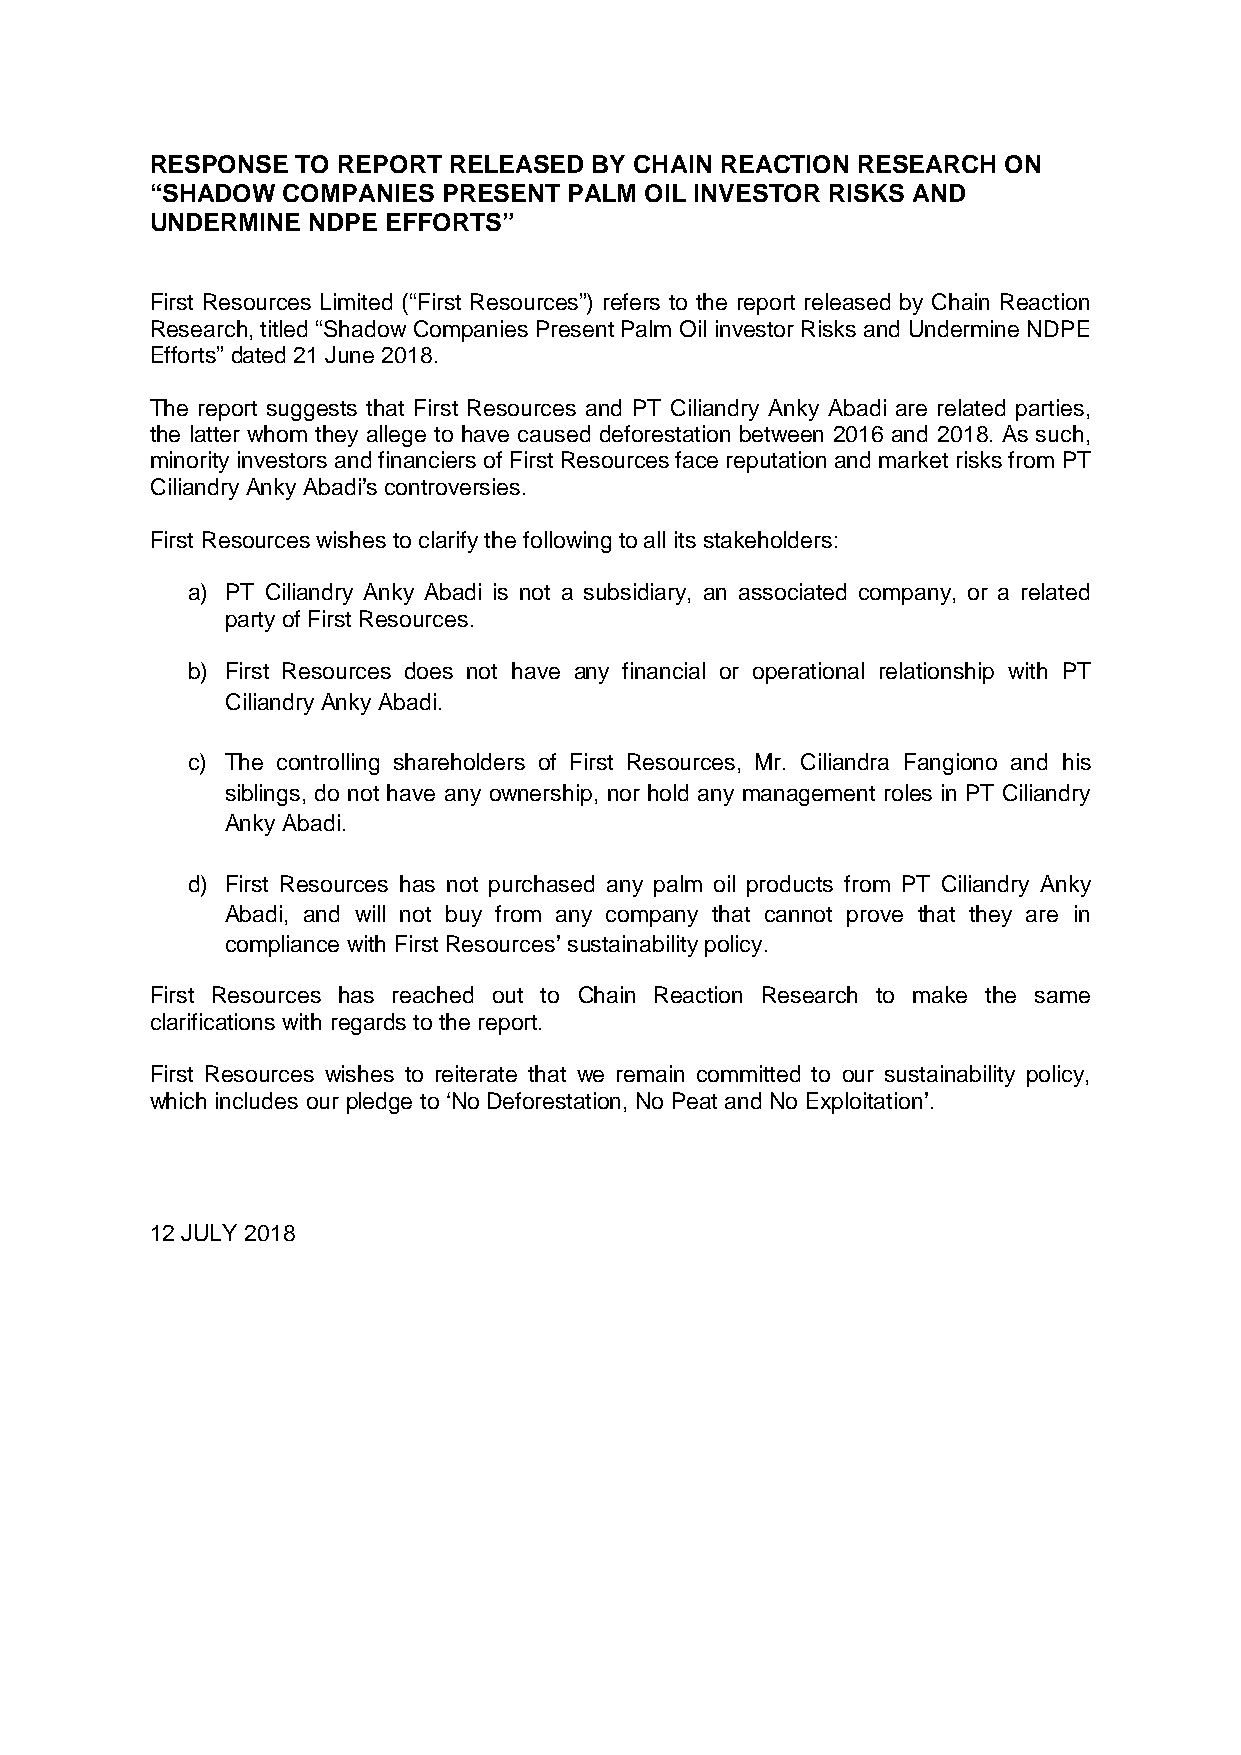
RESPONSE  TO REPORT RELEASED BY CHAIN REACTION RESEARCH ON
 “SHADOW  COMPANIES PRESENT  PALM OIL INVESTOR RISKS AND
 UNDERMINE NDPE EFFORTS”
 First Resources Limited (“First Resources”) refers to the report released by Chain Reaction
 Research, titled “Shadow Companies Present Palm Oil investor Risks and Undermine NDPE
 Efforts” dated 21 June 2018.
 The report suggests that First Resources and PT Ciliandry Anky Abadi are related parties,
 the latter whom they allege to have caused deforestation between 2016 and 2018. As such,
 minority investors and financiers of First Resources face reputation and market risks from PT
 Ciliandry Anky Abadi’s controversies.
 First Resources wishes to clarify the following to all its stakeholders:
 a) PT Ciliandry Anky Abadi is not a subsidiary, an associated company, or a related
 party of First Resources.
 b) First Resources does not have any financial or operational relationship with PT
 Ciliandry Anky Abadi.
 c) The controlling shareholders of First Resources, Mr. Ciliandra Fangiono and his
 siblings, do not have any ownership, nor hold any management roles in PT Ciliandry
 Anky Abadi.
 d) First Resources has not purchased any palm oil products from PT Ciliandry Anky
 Abadi, and will not buy from any company that cannot prove that they are in
 compliance with First Resources’ sustainability policy.
 First Resources has reached out to Chain Reaction Research to make the same
 clarifications with regards to the report.
 First Resources wishes to reiterate that we remain committed to our sustainability policy,
 which includes our pledge to ‘No Deforestation, No Peat and No Exploitation’.
 12 JULY 2018